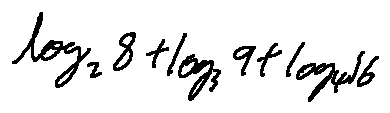
\log _ { 2 } 8 + \log _ { 3 } 9 + \log _ { 4 } 1 6